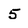
Character: 5